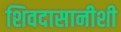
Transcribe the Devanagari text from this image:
शिवदासानीशी